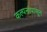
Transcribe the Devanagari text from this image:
कल्पनांपासून